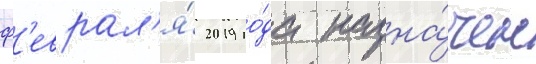
ф'еврал'я́ 2019 го́да назна́чен